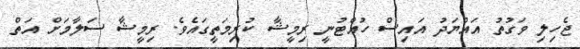
ޖެހިލި ވަގުތު އައްޔަދު އައިސް ހުއްޓުނީ ރިމީޝާ ކުރިމަތީގައެވެ. ރިމީޝާ ސަލާމަށް އަތް